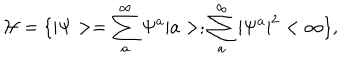
LaTeX: { \cal { H } } = \{ | \Psi > = \sum _ { a } ^ { \infty } \Psi ^ { a } | a > ; \sum _ { a } ^ { \infty } | \Psi ^ { a } | ^ { 2 } < \infty \} ,